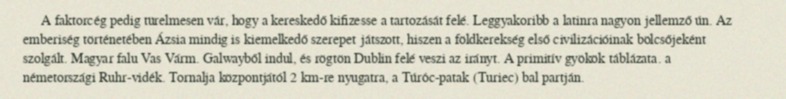
A faktorcég pedig türelmesen vár, hogy a kereskedő kifizesse a tartozását felé. Leggyakoribb a latinra nagyon jellemző ún. Az emberiség történetében Ázsia mindig is kiemelkedő szerepet játszott, hiszen a földkerekség első civilizációinak bölcsőjeként szolgált. Magyar falu Vas Várm. Galwayből indul, és rögtön Dublin felé veszi az irányt. A primitív gyökök táblázata. a németországi Ruhr-vidék. Tornalja központjától 2 km-re nyugatra, a Túróc-patak (Turiec) bal partján.